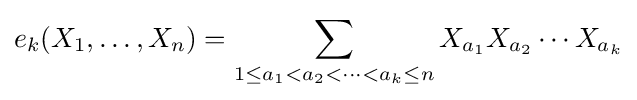
e_{k}(X_{1},\ldots ,X_{n})=\sum _{1\leq a_{1}<a_{2}<\cdots <a_{k}\leq n}X_{a_{1}}X_{a_{2}}\dotsm X_{a_{k}}